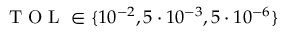
\mathrm { ~ T ~ O ~ L ~ } \in \lbrace 1 0 ^ { - 2 } , 5 \cdot 1 0 ^ { - 3 } , 5 \cdot 1 0 ^ { - 6 } \rbrace